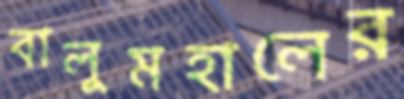
বালুমহালের